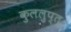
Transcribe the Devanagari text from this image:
कुललुप्त